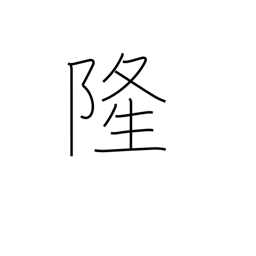
Meaning: prosperity